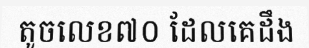
តូចលេខ៧០ ដែលគេដឹង